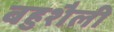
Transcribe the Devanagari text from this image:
बहुशैली